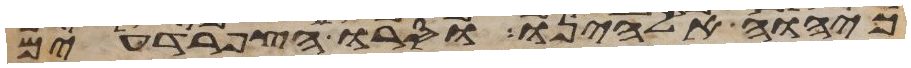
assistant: כיהוה אלהינו וסרו הצפרדעים